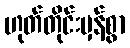
ဟုတ်တိုင်းမှန်စွာ